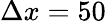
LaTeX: \Delta x=50